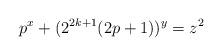
LaTeX: \begin{align*}p^x+(2^{2k+1}(2p+1))^y=z^2\end{align*}